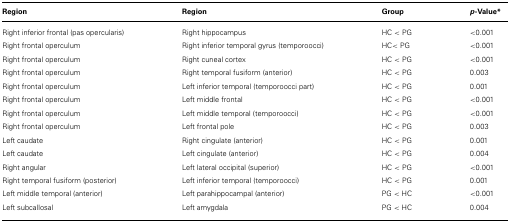
| Region | Region | Group | p-Value* |
 | --- | --- | --- | --- |
 | Right inferior frontal (pas opercularis) | Right hippocampus | HC < PG | <0.001 |
 | Right frontal operculum | Right inferior temporal gyrus (temporoocci) | HC< PG | <0.001 |
 | Right frontal operculum | Right cuneal cortex | HC < PG | <0.001 |
 | Right frontal operculum | Right temporal fusiform (anterior) | HC < PG | 0.003 |
 | Right frontal operculum | Left inferior temporal (temporoocci part) | HC < PG | 0.001 |
 | Right frontal operculum | Left middle frontal | HC < PG | <0.001 |
 | Right frontal operculum | Left middle temporal (temporoocci) | HC < PG | <0.001 |
 | Right frontal operculum | Left frontal pole | HC < PG | 0.003 |
 | Left caudate | Right cingulate (anterior) | HC < PG | 0.001 |
 | Left caudate | Left cingulate (anterior) | HC < PG | 0.004 |
 | Right angular | Left lateral occipital (superior) | HC < PG | <0.001 |
 | Right temporal fusiform (posterior) | Left inferior temporal (temporoocci) | HC < PG | 0.001 |
 | Left middle temporal (anterior) | Left parahippocampal (anterior) | PG < HC | <0.001 |
 | Left subcallosal | Left amygdala | PG < HC | 0.004 |